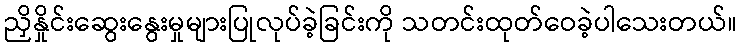
ညှိနှိုင်းဆွေးနွေးမှုများပြုလုပ်ခဲ့ခြင်းကို သတင်းထုတ်ဝေခဲ့ပါသေးတယ်။